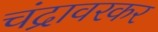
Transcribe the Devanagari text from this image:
चंद्रावरकर